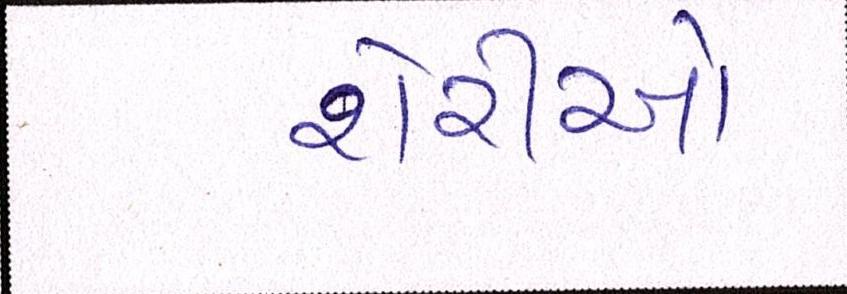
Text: શેરીઓ